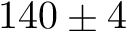
1 4 0 \pm 4